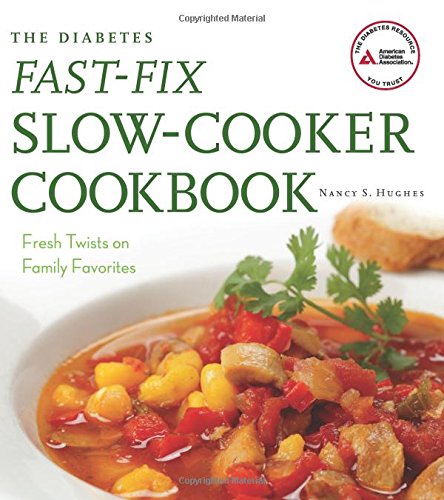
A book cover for The Diabetes Fast-Fix Slow-Cooker Cookbook: Fresh Twists on Family Favorites; Nancy S. Hughes; Cookbooks, Food & Wine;